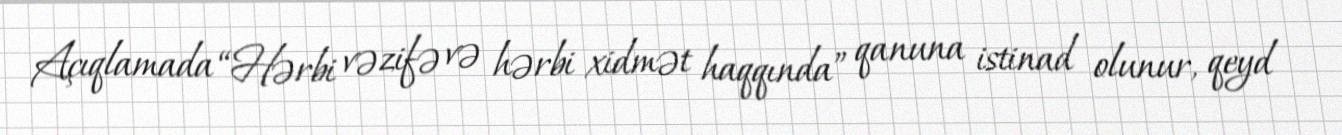
Açıqlamada “Hərbi vəzifə və hərbi xidmət haqqında” qanuna istinad olunur, qeyd